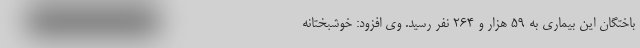
باختگان این بیماری به ۵۹ هزار و ۲۶۴ نفر رسید. وی افزود: خوشبختانه